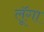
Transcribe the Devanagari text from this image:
लूॅगा